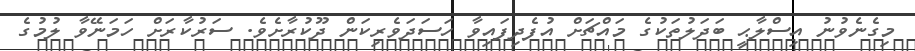
މިގެނެވުނު އިސްލާޙީ ބަދަލުތަކުގެ މައްޗަށް އުފެދިފައިވާ ހަސަދަވެރިކަން ދޫކުރާށެވެ. ސަރުކާރަށް ހަމަނޭވާ ލުމުގެ